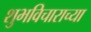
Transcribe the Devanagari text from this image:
शुभविचाराच्या